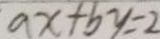
a x + b y = 2